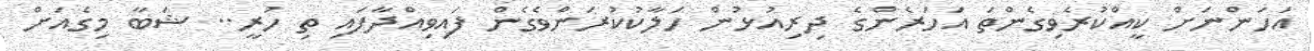
އަހަންނަށް ކީއްކުރެވިގެންތަ އަހަރެންގެ ދިރިއުޅުން ހަލާކުކުރަންވެގެން ފައިވިއްދާފައި ތި ހުރީ.. ޝަބާ މިގެއަށް